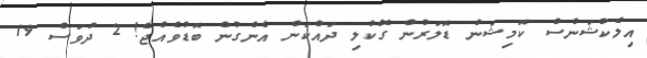
އިލެކްޝަންސް ކޮމިޝަން ޑޮލަރުން ގޭކުލި ދައްކަން އެންގުން ބޮޑުވެއްޖެ! 2 ދުވަސް 19